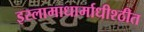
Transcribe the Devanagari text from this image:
इस्लामाधार्माधीश्ठीत